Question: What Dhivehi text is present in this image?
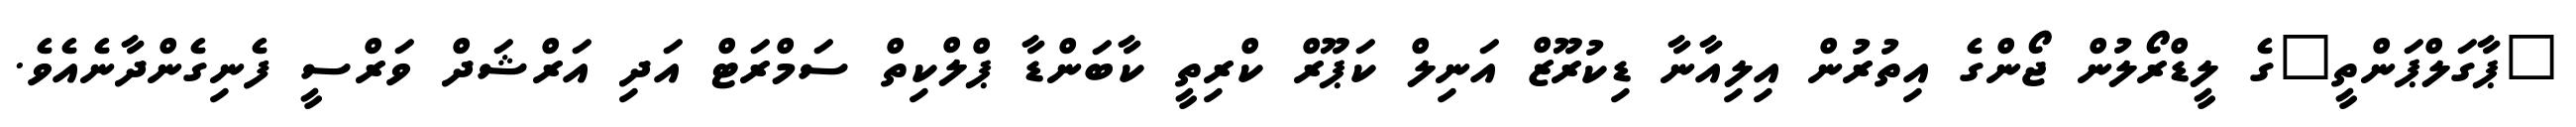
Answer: "ޕާގަލްޕަންތީ"ގެ ލީޑްރޯލުން ޖޯންގެ އިތުރުން އިލިއާނާ ޑިކުރޫޒް އަނިލް ކަޕޫރް ކްރިތީ ކާބަންޑާ ޕްލްކިތް ސަމްރަޓް އަދި އަރްޝަދް ވަރްސީ ފެނިގެންދާނެއެވެ.